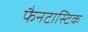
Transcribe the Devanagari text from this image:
फैनटास्टिक